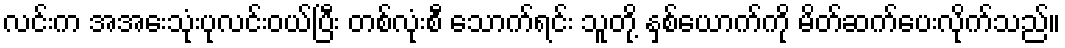
လင်းက အအေးသုံးပုလင်းဝယ်ပြီး တစ်လုံးစီ သောက်ရင်း သူတို့ နှစ်ယောက်ကို မိတ်ဆက်ပေးလိုက်သည်။